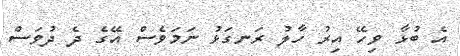
އެ ބުޅާ ވިހޭ އިރު ހާލު ރަނގަޅު ނަމަވެސް އޭގެ ދެ ދުވަސް